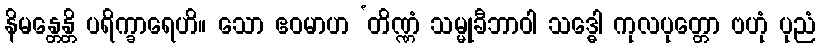
နိမန္တေန္တိ ပရိက္ခာရေဟိ။ သော ဧဝမာဟ ‘တိဏ္ဏံ သမ္မုခီဘာဝါ သဒ္ဓေါ ကုလပုတ္တော ဗဟုံ ပုညံ